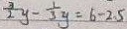
\frac { 3 } { 2 } y - \frac { 1 } { 3 } y = 6 - 2 . 5